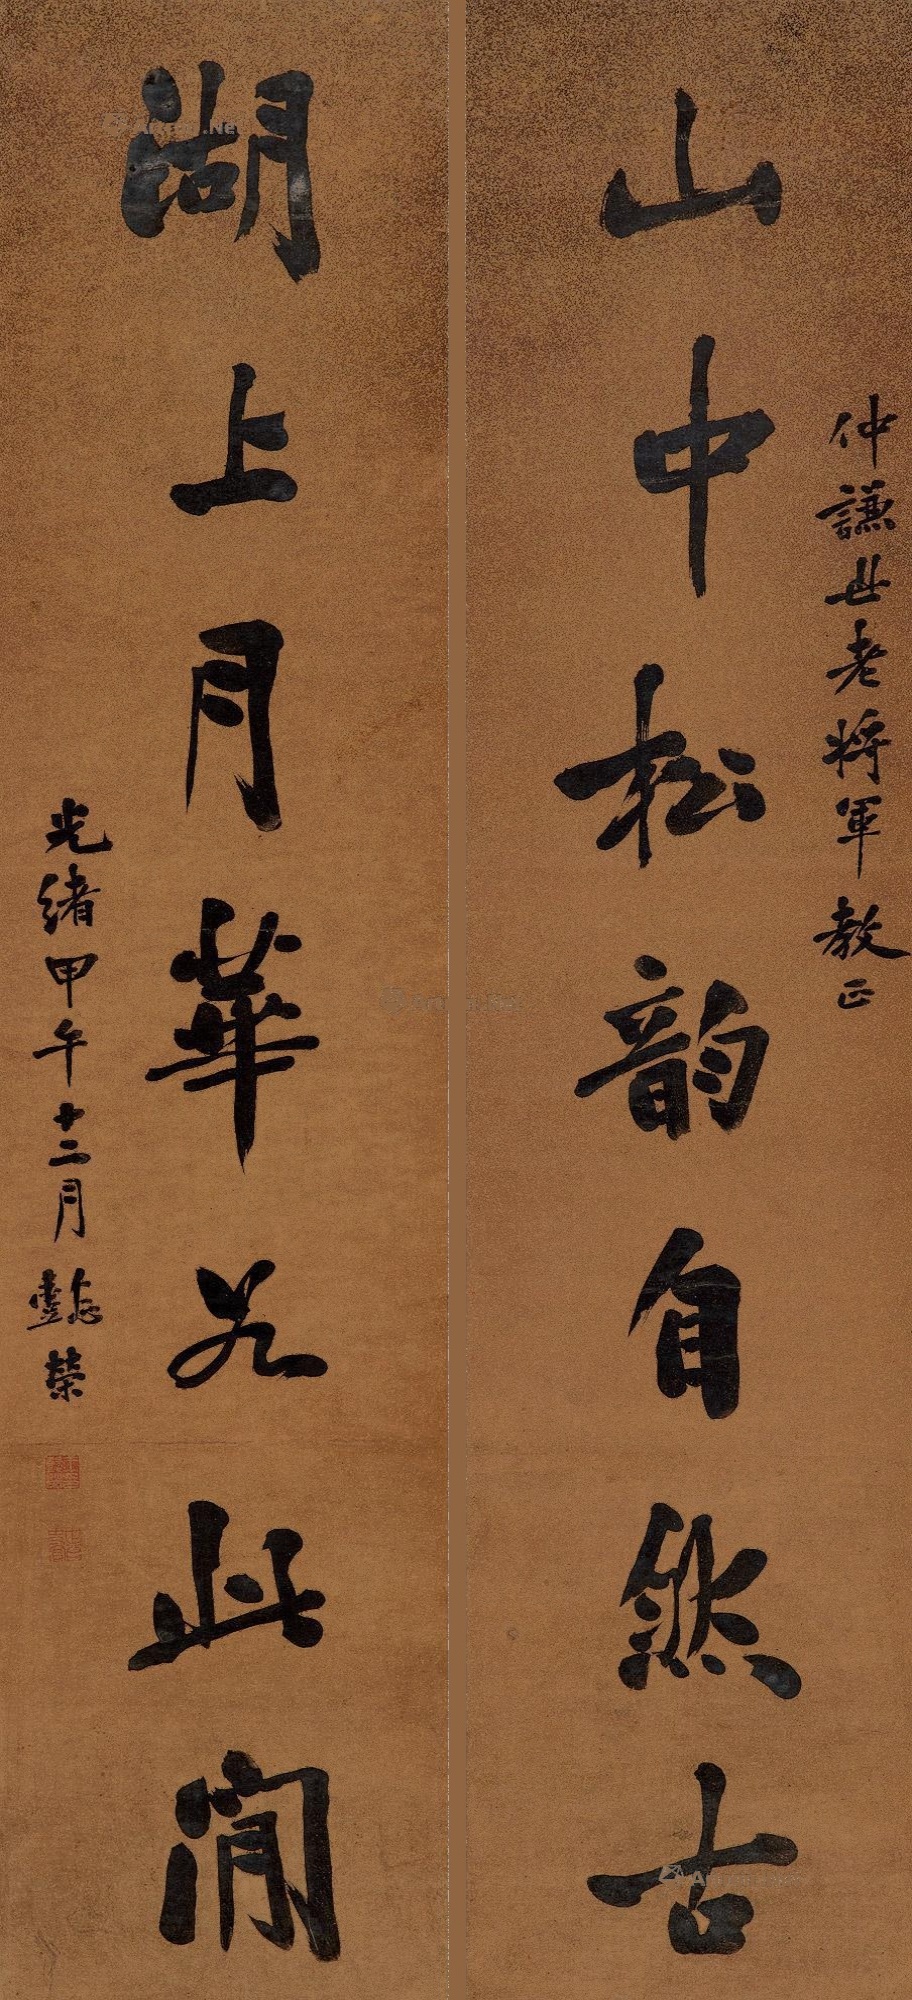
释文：山中松韵自然古，湖上月华如此闲。仲谦世老将军教正，光绪甲午（1894年）十二月，懿荣。